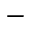
-